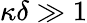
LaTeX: \kappa\delta\gg 1